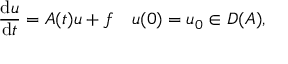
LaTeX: { \frac { \mathrm { d } u } { \mathrm { d } t } } = A ( t ) u + f \quad u ( 0 ) = u _ { 0 } \in D ( A ) ,